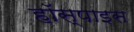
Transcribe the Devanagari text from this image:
हॉस्पाइस